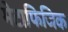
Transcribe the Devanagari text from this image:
मेटाफिजिक